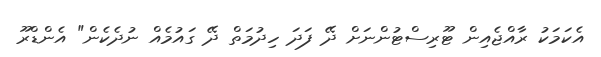
އެކަމަކު ރާއްޖެއިން ޓޫރިސްޓުންނަށް ދޭ ފަދަ ހިދުމަތް ދޭ ގައުމެއް ނުދެކެން" އެންޑްރޫ